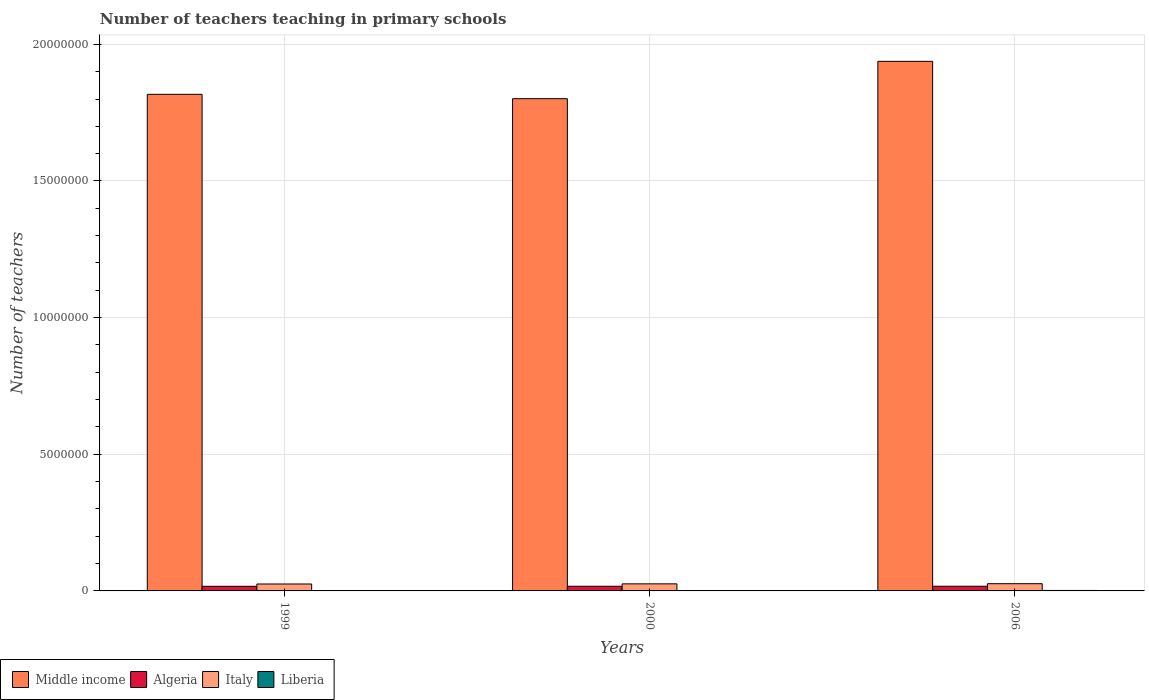
| Years | Middle income | Algeria | Italy | Liberia |
 | --- | --- | --- | --- | --- |
 | 1999 | 1.82e+07 | 1.7e+05 | 2.54e+05 | 1.01e+04 |
 | 2000 | 1.8e+07 | 1.71e+05 | 2.59e+05 | 1.3e+04 |
 | 2006 | 1.94e+07 | 1.71e+05 | 2.64e+05 | 1.75e+04 |